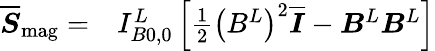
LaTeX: \begin{array}{rl}{\overline{{\boldsymbol{S}}}_{\mathrm{mag}}=}&{{}I_{B0,0}^{L}\left[\frac{1}{2}\left(B^{L}\right)^{2}\overline{{\boldsymbol{I}}}-\boldsymbol{B}^{L}\boldsymbol{B}^{L}\right]}\end{array}